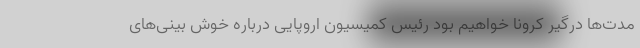
مدت‌ها درگیر کرونا خواهیم بود رئیس کمیسیون اروپایی درباره خوش بینی‌های